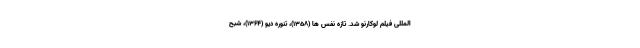
المللی فیلم لوکارنو شد. تازه نفس ها (۱۳۵۸)، تنوره دیو (۱۳۶۴)، شبح